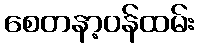
စေတနာ့ဝန်ထမ်း